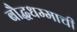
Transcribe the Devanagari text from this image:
बौद्धधम्माची